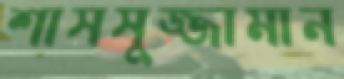
শাসসুজ্জামান